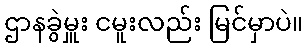
ဌာနခွဲမှူး ငမူးလည်း မြင်မှာပဲ။